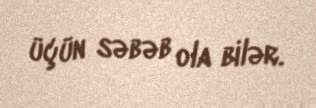
üçün səbəb ola bilər.